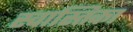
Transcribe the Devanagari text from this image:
स्वास्तिका